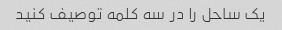
یک ساحل را در سه کلمه توصیف کنید